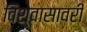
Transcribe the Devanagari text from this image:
विश्वासावरी